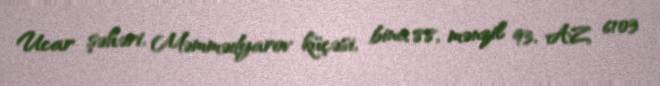
Ucar şəhəri, Məmmədyarov küçəsi, bina 88, mənzil 93, AZ 6103